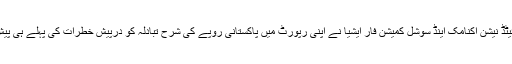
دوسری جانب یونائیٹڈ نیشن اکنامک اینڈ سوشل کمیشن فار ایشیا نے اپنی رپورٹ میں پاکستانی روپے کی شرح تبادلہ کو درپیش خطرات کی پہلے ہی پیش گوئی کردی ہے۔